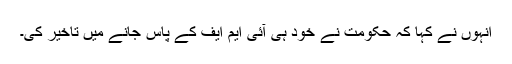
انہوں نے کہا کہ حکومت نے خود ہی آئی ایم ایف کے پاس جانے میں تاخیر کی۔